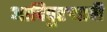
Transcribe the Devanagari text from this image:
आदिपुरुषाची